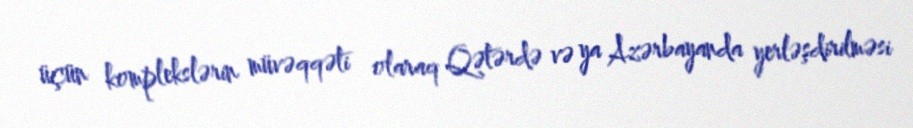
üçün komplekslərin müvəqqəti olaraq Qətərdə və ya Azərbayanda yerləşdirilməsi